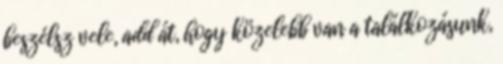
beszélsz vele, add át, hogy közelebb van a találkozásunk,